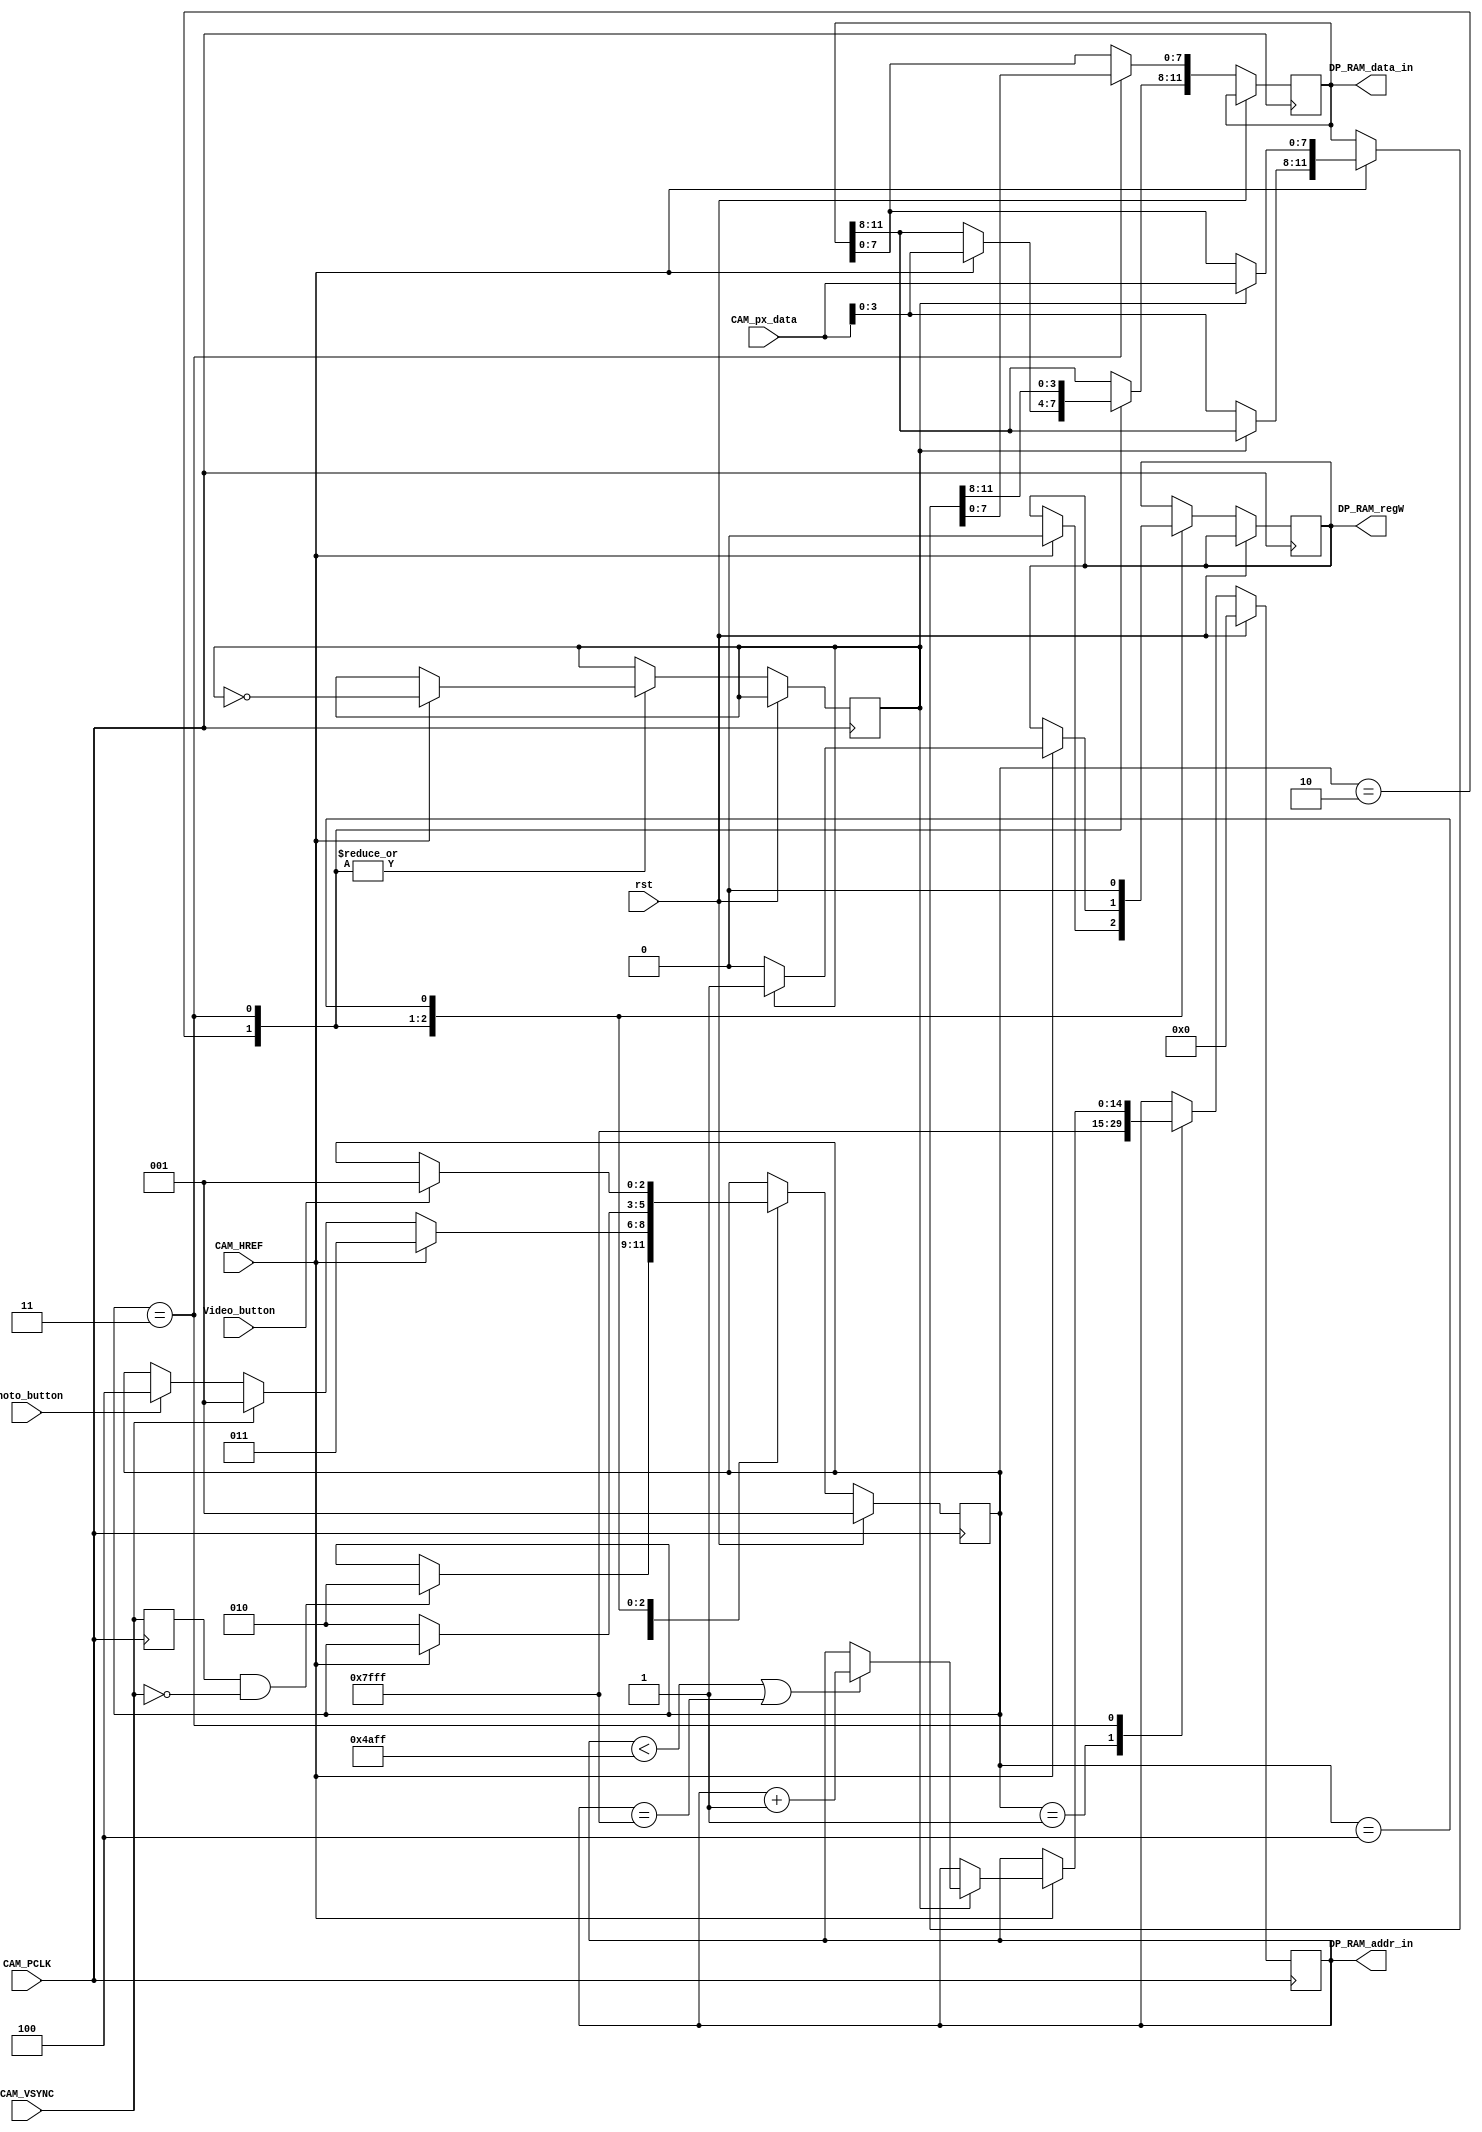
`timescale 10ns / 1ns

module cam_read #(
		parameter AW = 15 
		)(
		input rst,
		input CAM_PCLK,
		input CAM_VSYNC,
		input CAM_HREF,
		input [7:0] CAM_px_data,
		input Photo_button,
		input Video_button,

		output reg [AW-1:0] DP_RAM_addr_in = 0,
		output reg [11:0] DP_RAM_data_in = 0,
		output reg DP_RAM_regW = 0
   );
	
	reg [2:0] state=1;
	reg pas_vsync = 0;
	reg cont = 1'b0;
	//reg [15:0] cont_href=16'h0000;
	reg pas_href= 0;
	reg [15:0] cont_pixel=16'h0000;
	reg [15:0] cont_pclk=16'h0000;
	always@(posedge CAM_PCLK) begin
		if (rst) begin
		
		  DP_RAM_addr_in=0;
		  //cont_href[15:0]=16'h0000;
		  state=1;pas_vsync=0;
			
		end else 
		
		//Maquina de estados		
		
		case(state) 					
			
		1:		// Vuelta a cero
			begin
				//cont_href[15:0]=16'h0000;
				DP_RAM_addr_in=15'b1111_1111_1111_111;								
				if(pas_vsync && !CAM_VSYNC) begin
				    state=2;
				end
			end
			
		2:		// Contador de href
			begin
				if(!pas_href && CAM_HREF) begin
						//cont_href = cont_href +1;
						cont_pixel = 0;
						state = 3;
					    DP_RAM_data_in[11:8] = {CAM_px_data[3:0]};
						DP_RAM_regW = 0;
						cont = ~cont;
						cont_pclk = cont_pclk + 1;
					
				end 
				else if(CAM_VSYNC) 
						state=1;
				else if(Photo_button)
						state = 4;
			end
			
		3:		// Captura de datos
		begin
			if(CAM_HREF) begin  
				if (cont==0)
				begin
					DP_RAM_data_in[11:8] = {CAM_px_data[3:0]};
					DP_RAM_regW = 0;
					cont_pclk = cont_pclk + 1;
				end
				else 
				begin
					DP_RAM_data_in[7:0] = {CAM_px_data[7:0]};
					DP_RAM_regW = 1;
					if(DP_RAM_addr_in < 19199|DP_RAM_addr_in==15'b1111_1111_1111_111) DP_RAM_addr_in = DP_RAM_addr_in + 1;
					cont_pixel = cont_pixel +1;
					
				end
				cont = ~cont;
				
			end else state=2;
		end
		
		4:		// "Tomar foto"		
		begin
			DP_RAM_regW = 0;
			
			if(Video_button)
				state = 1;
		end
		endcase
		
		pas_vsync = CAM_VSYNC;
	end

endmodule